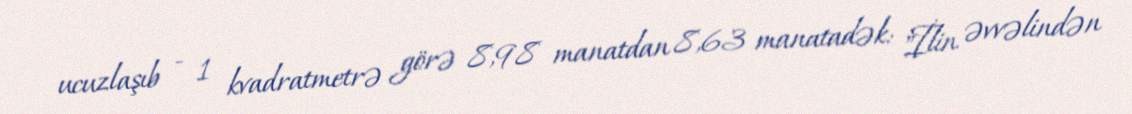
ucuzlaşıb - 1 kvadratmetrə görə 8,98 manatdan 8,63 manatadək: "İlin əvvəlindən